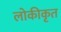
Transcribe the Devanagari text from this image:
लोकीकृत